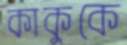
কাকুকে